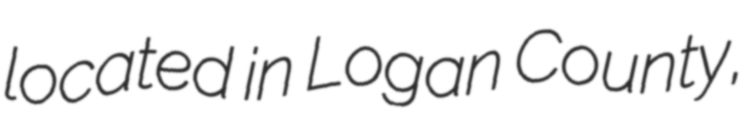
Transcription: located in Logan County,